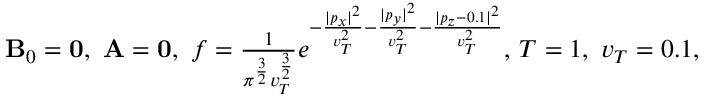
\begin{array} { r } { { \mathbf B } _ { 0 } = { \mathbf 0 } , \ { \mathbf A } = { \mathbf 0 } , \ f = \frac { 1 } { \pi ^ { \frac { 3 } { 2 } } v _ { T } ^ { \frac { 3 } { 2 } } } e ^ { - \frac { | p _ { x } | ^ { 2 } } { v _ { T } ^ { 2 } } - \frac { | p _ { y } | ^ { 2 } } { v _ { T } ^ { 2 } } - \frac { | p _ { z } - 0 . 1 | ^ { 2 } } { v _ { T } ^ { 2 } } } , \, T = 1 , \ v _ { T } = 0 . 1 , } \end{array}